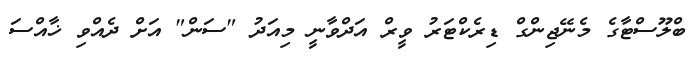
ބްލޫސްޓާގެ މެނޭޖިންގް ޑިރެކްޓަރު ވީރް އަދްވާނީ މިއަދު "ސަން" އަށް ދެއްވި ޚާއްސަ